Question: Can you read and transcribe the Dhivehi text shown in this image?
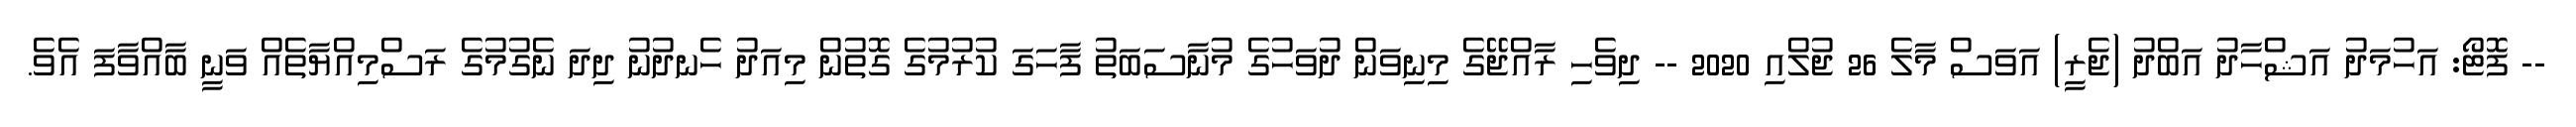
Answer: -- ފޮޓޯ: އަހުމަދު އަޝްހާދު އަބްދު (ޖެރީ) އަވަސް މާލެ 26 ޖުލްއި 2020 -- ދިވެހި ރާއްޖޭގެ މިނިވަން ދުވަހުގެ މުނާސަބަތު ފާހަގަ ކުރުމުގެ ގޮތުން މިއަދު ހެނދުނު ދިދަ ނެގުމުގެ ރަސްމިއްޔާތެއް ވަނީ ބާއްވާފަ އެވެ.